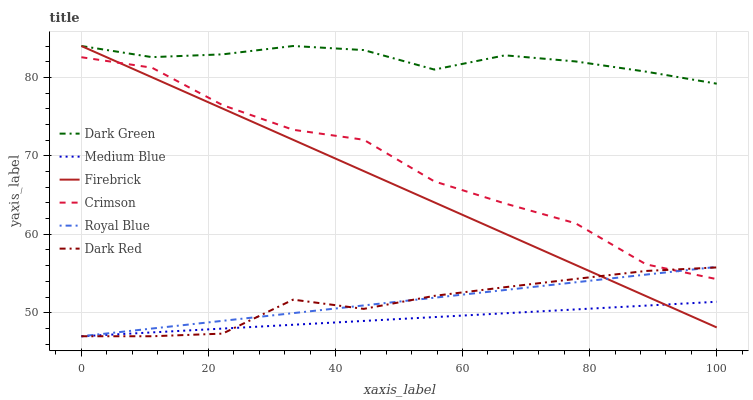
| xaxis_label | Dark Green | Medium Blue | Firebrick | Crimson | Royal Blue | Dark Red |
 | --- | --- | --- | --- | --- | --- | --- |
 | 0 | 84 | 47 | 84 | 82.6 | 47 | 47 |
 | 11.1 | 82.6 | 47.5 | 80 | 81.2 | 48 | 47 |
 | 22.2 | 82.9 | 48 | 76 | 76.5 | 49 | 47.3 |
 | 33.3 | 84 | 48.5 | 72 | 73.3 | 49.9 | 51.7 |
 | 44.4 | 83.5 | 49 | 68.1 | 72 | 50.9 | 50.5 |
 | 55.6 | 81 | 49.4 | 64.1 | 66.7 | 51.9 | 52.2 |
 | 66.7 | 82.8 | 49.9 | 60.1 | 63.9 | 52.9 | 53.3 |
 | 77.8 | 82 | 50.4 | 56.1 | 61.4 | 53.9 | 54.3 |
 | 88.9 | 80.7 | 50.9 | 52.1 | 56.2 | 54.9 | 55.3 |
 | 100 | 79.2 | 51.4 | 48.1 | 54.3 | 55.8 | 55.8 |